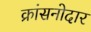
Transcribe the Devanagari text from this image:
क्रांसनोदार